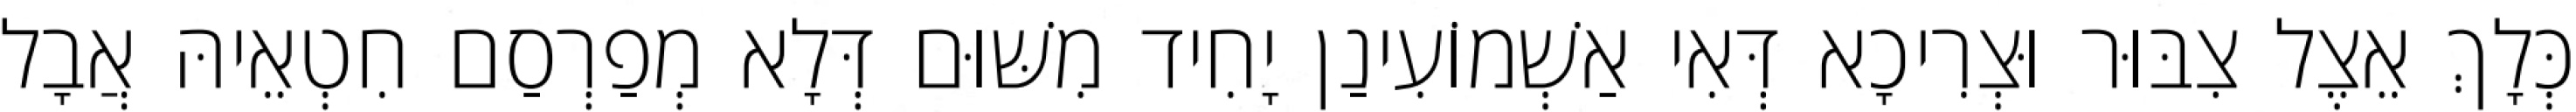
כְּלָךְ אֵצֶל צִבּוּר וּצְרִיכָא דְּאִי אַשְׁמוֹעִינַן יָחִיד מִשּׁוּם דְּלָא מְפַרְסַם חִטְאֵיהּ אֲבָל